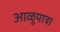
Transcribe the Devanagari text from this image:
आळूपात्रा